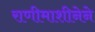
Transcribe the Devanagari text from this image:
राणीमाशीनेने